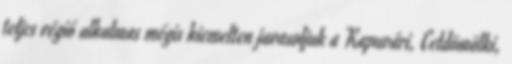
teljes régió alkalmas mégis kiemelten javasoljuk a Kapuvári, Celdömölki,